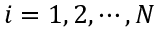
i = 1 , 2 , \cdots , N